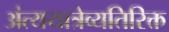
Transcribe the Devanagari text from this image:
अंत्ययात्रेव्यतिरिक्त